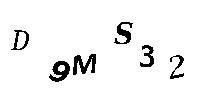
D9MS32